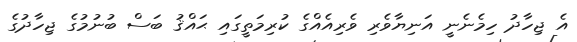
އެ ޖިހާދު ހިމެނެނީ އަނިޔާވެރި ވެރިއެއްގެ ކުރިމަތީގައި ޙައްޤު ބަސް ބުނުމުގެ ޖިހާދުގެ